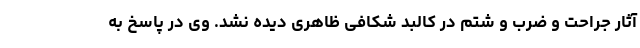
آثار جراحت و ضرب و شتم در کالبد شکافی ظاهری دیده نشد. وی در پاسخ به